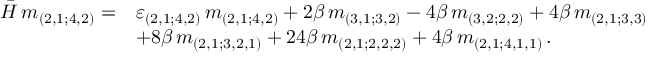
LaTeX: \begin{array} { r l } { { \bar { \cal { H } } \, m _ { ( 2 , 1 ; 4 , 2 ) } = } } & { { \varepsilon _ { ( 2 , 1 ; 4 , 2 ) } \, m _ { ( 2 , 1 ; 4 , 2 ) } + 2 \beta \, m _ { ( 3 , 1 ; 3 , 2 ) } - 4 \beta \, m _ { ( 3 , 2 ; 2 , 2 ) } + 4 \beta \, m _ { ( 2 , 1 ; 3 , 3 ) } } } \\ { { } } & { { + 8 \beta \, m _ { ( 2 , 1 ; 3 , 2 , 1 ) } + 2 4 \beta \, m _ { ( 2 , 1 ; 2 , 2 , 2 ) } + 4 \beta \, m _ { ( 2 , 1 ; 4 , 1 , 1 ) } \, . } } \end{array}